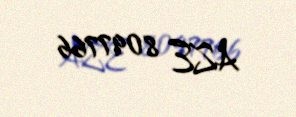
AZE 8097766